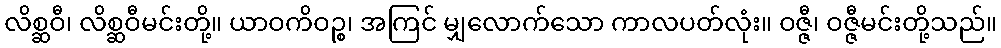
လိစ္ဆဝီ၊ လိစ္ဆဝီမင်းတို့။ ယာဝကိဝဉ္စ၊ အကြင် မျှလောက်သော ကာလပတ်လုံး။ ဝဇ္ဇီ၊ ဝဇ္ဇီမင်းတို့သည်။